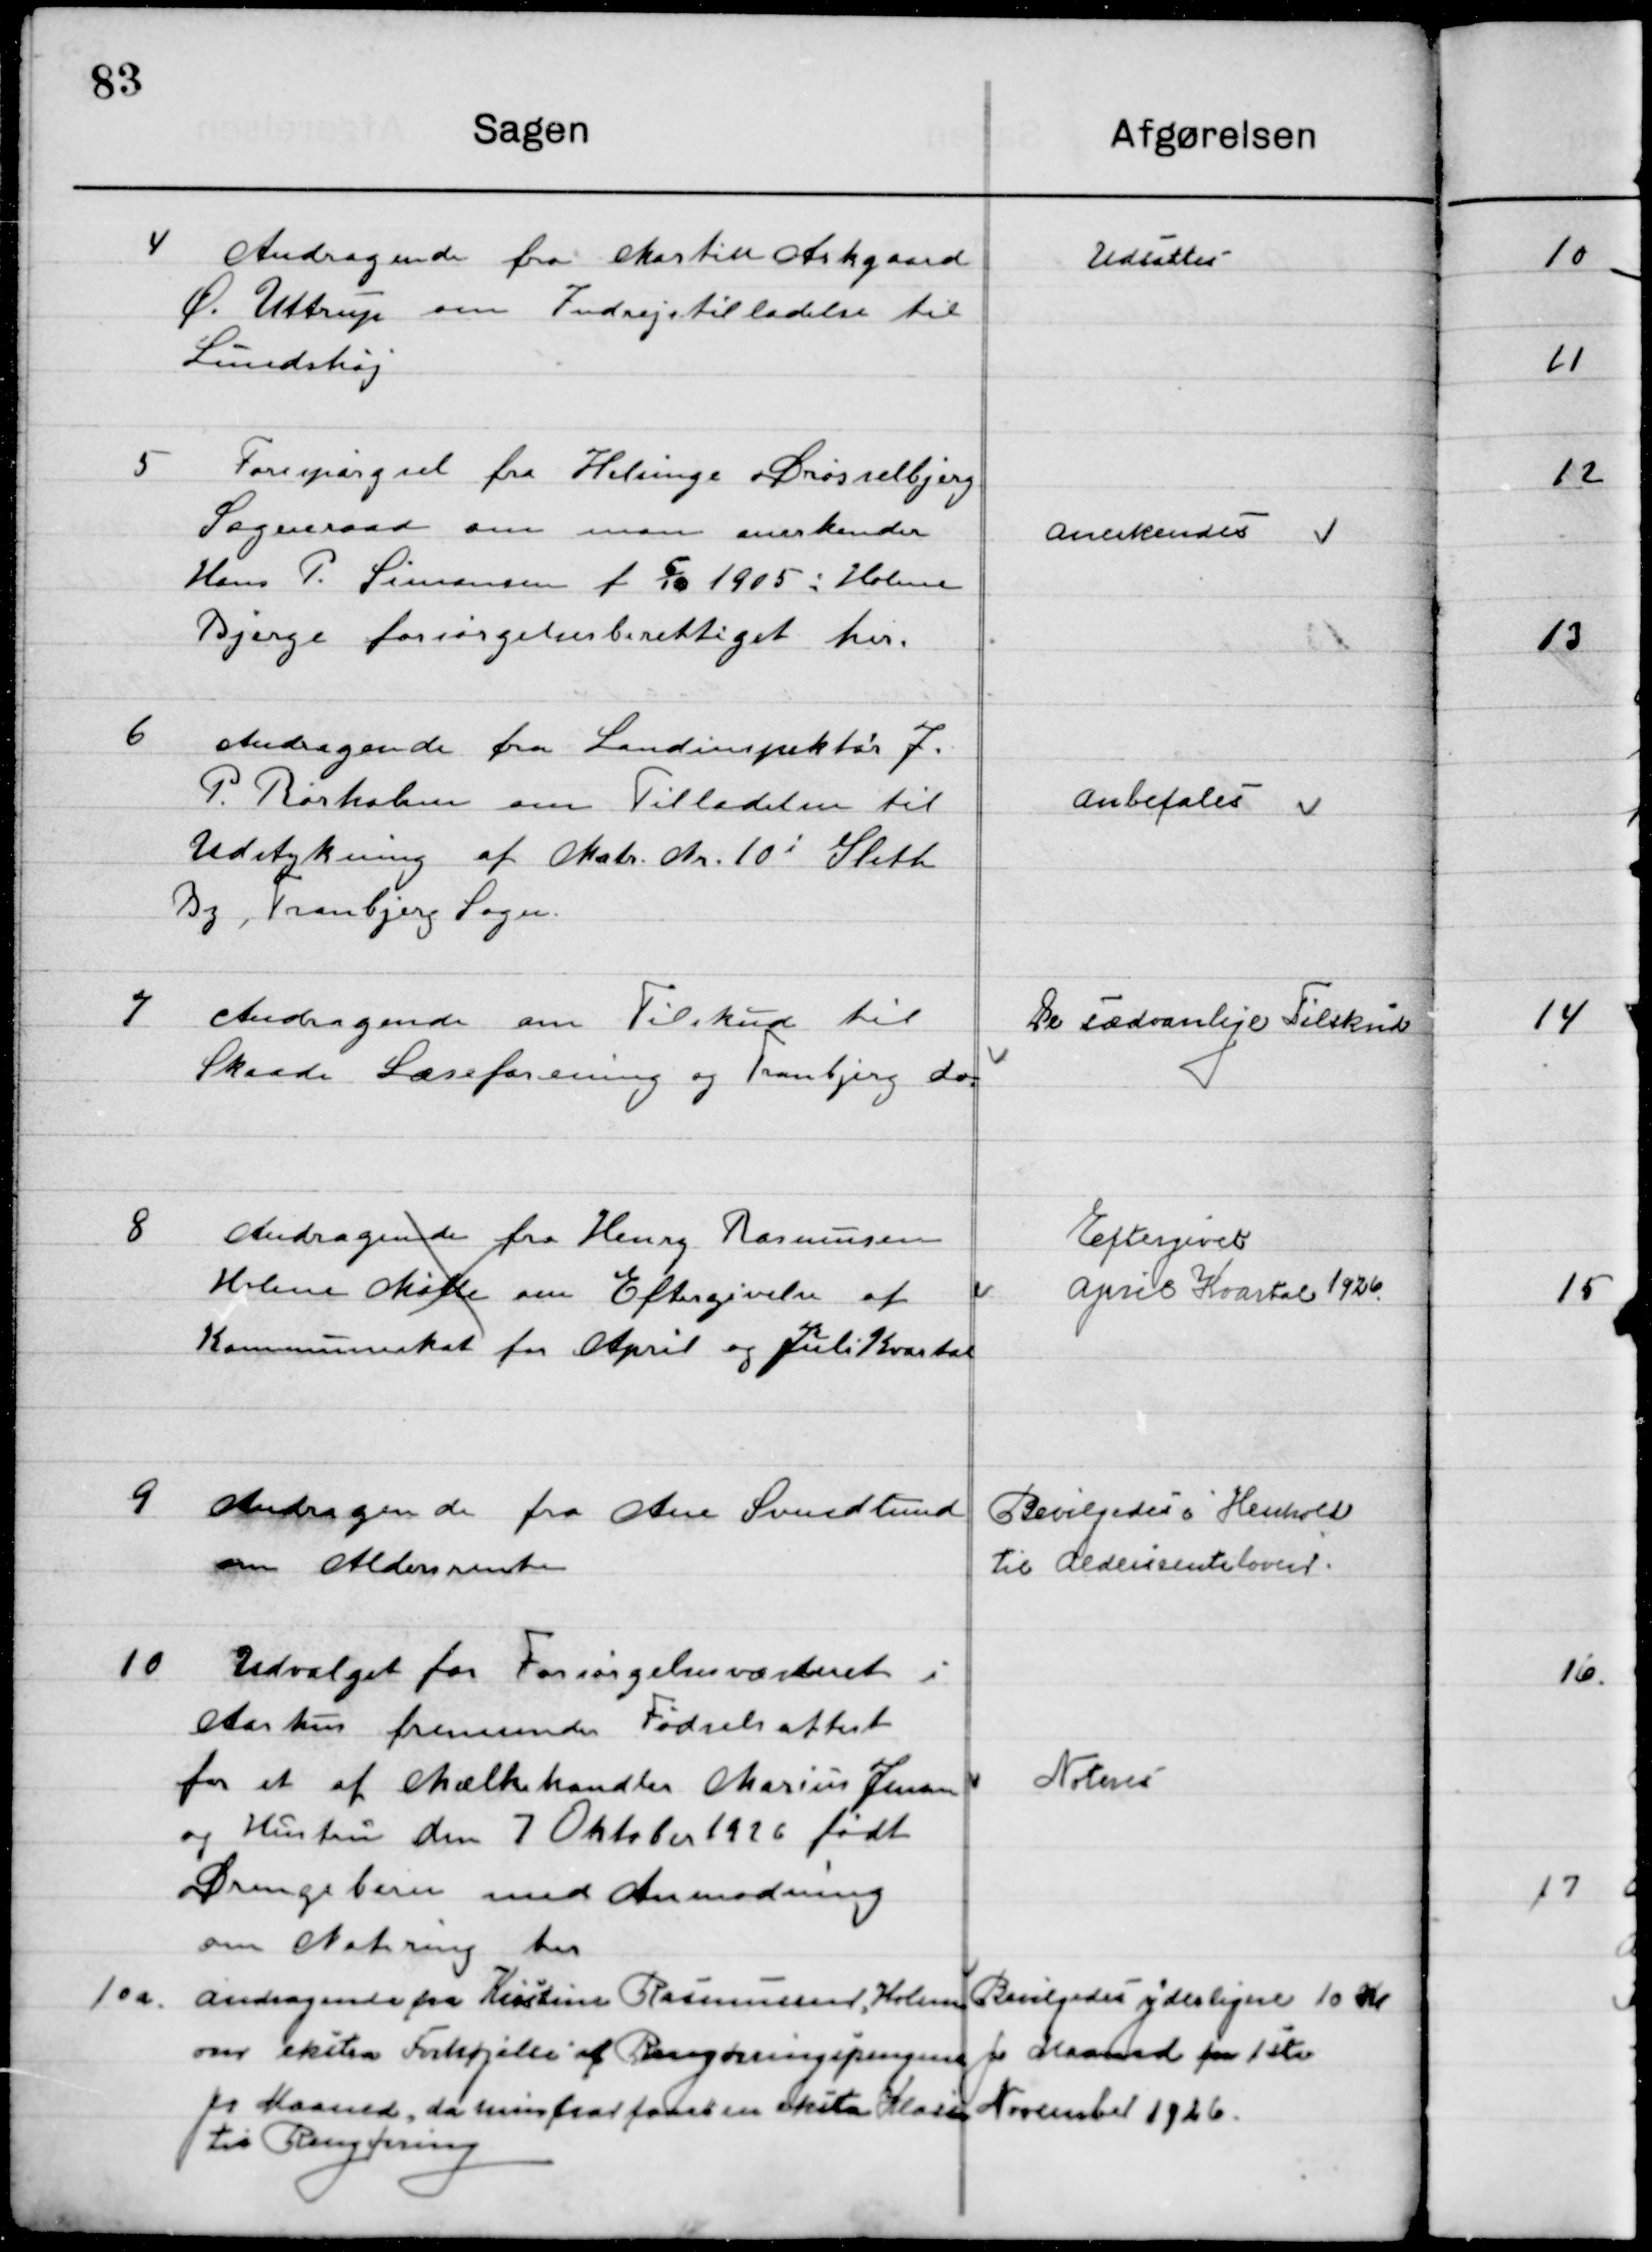
Transskription:
4

Andragende fra Martin Askgaard
Ø. Uttrup om Indrejsetilladelse til  
Lundshøj.

Udsættes

5

Forespørgsel fra Helsinge Drøsselbjerg
Sogneraad om man anerkender
Hans P. Simonsen f. 5/10 1905 i Holme
Bjerge forsørgelsesberettiget her.

Anerkendes

6

Andragende fra Landinspektør J.
P. Rørholm om Tilladelse til 
Udstykning af Matr. Nr. 10 i Sleth
By, Tranbjerg Sogn.

Anbefales

7

Andragende om Tilskud til 
Skaade Læseforening og Tranbjerg do.

De sædvanlige Tilskud

8

Andragende fra Henry Rasmussen
Holme Mølle om Eftergivelse af
Kommuneskat for april og juli Kvartal

Eftergivet 
April Kvartal 1926

9

Andragende fra Ane Svendlund
om Aldersrente

Bevilgedes i henhold
Til Aldersrenteloven

10

Udvalget for Forsørgelsesvæsenet i 
Aarhus fremsender Fødselsattest
fra et af Mælkehandler Marius Jensen
og Hustru den 7 Oktober 1926 født
Drengebarn med Anmodning
 om Notering der.

Noteres

10 a

Andragende fra Kirstine Rasmussen
om ekstra Forhøjelse af Rengøringspengene
pr. Maaned, da hun har faaet en ekstra Klasse
til Rengøring.

Bevilgedes yderligere 10 Kr.
pr. Maaned fra 1ste
November 1926.